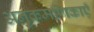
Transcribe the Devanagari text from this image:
अनुक्रमणिकाएँ